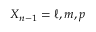
X _ { n - 1 } = \ell , m , p